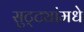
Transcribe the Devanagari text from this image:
सुट्ट्यांमधे